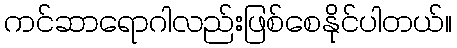
ကင်ဆာရောဂါလည်းဖြစ်စေနိုင်ပါတယ်။